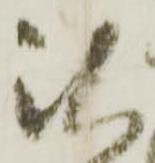
以